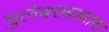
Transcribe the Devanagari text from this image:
भुलेश्वराबाबतचा